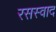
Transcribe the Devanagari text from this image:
रसस्वाद